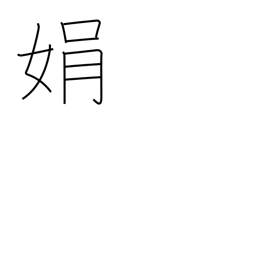
Meaning: beauty of face